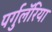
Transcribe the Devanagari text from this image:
पर्गुलॅरिया